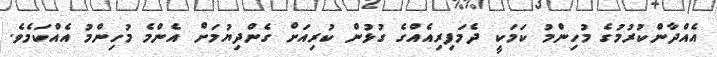
އެއްދާންކުރުމުގެ މުހިންމު ކަމަކީ ދެމަފިރިއެއްގެ ގުޅުން ކުރިއަށް ގެންދިޔުމަށް އެންމެ މުހިންމު އެއްކަމެވެ.